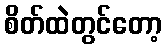
စိတ်ထဲတွင်တော့